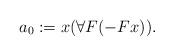
LaTeX: \begin{align*} a_0 := x(\forall F(-Fx)). \end{align*}